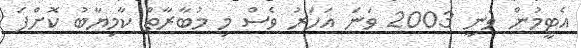
އެޓީމުން ވަނީ 2003 ވަނަ އަހަރު ވެސް މި މުބާރާތް ކާމިޔާބު ކޮށްފަ